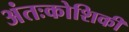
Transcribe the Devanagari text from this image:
अंतःकोशिकी